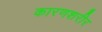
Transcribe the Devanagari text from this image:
कारणशरीर